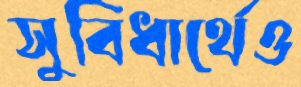
সুবিধার্থেও